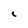
Character: i